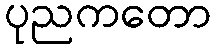
ပုညကတော